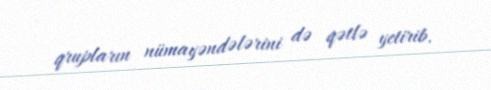
qrupların nümayəndələrini də qətlə yetirib.